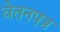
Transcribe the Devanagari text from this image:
वेतनपत्र